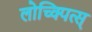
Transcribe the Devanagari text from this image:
लोच्क्पित्स्